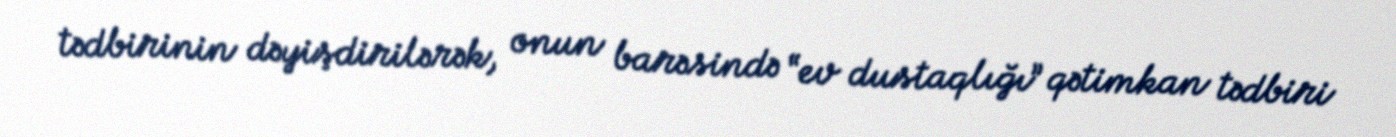
tədbirinin dəyişdirilərək, onun barəsində “ev dustaqlığı” qətimkan tədbiri